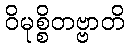
ဝိမုစ္စိတဗ္ဗာတိ